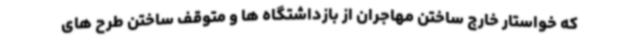
که خواستار خارج ساختن مهاجران از بازداشتگاه ها و متوقف ساختن طرح های